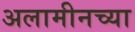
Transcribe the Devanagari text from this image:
अलामीनच्या